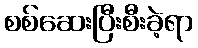
စစ်ဆေးပြီးစီးခဲ့ရာ